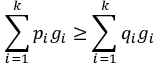
\sum _ { i = 1 } ^ { k } p _ { i } g _ { i } \geq \sum _ { i = 1 } ^ { k } q _ { i } g _ { i }